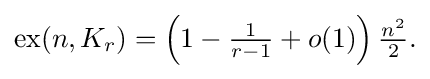
{\textstyle \operatorname {ex} (n,K_{r})=\left(1-{\frac {1}{r-1}}+o(1)\right){\frac {n^{2}}{2}}.}